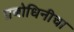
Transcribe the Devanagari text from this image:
प्रबोधिनीचा